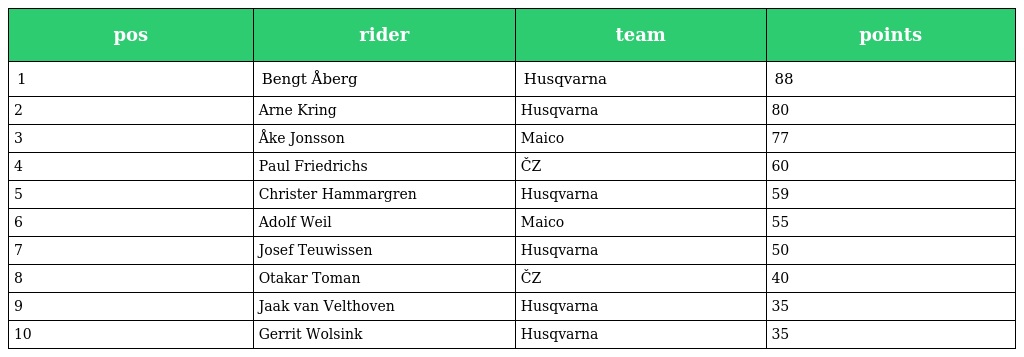
| pos | rider | team | points |
 | --- | --- | --- | --- |
 | 1 | Bengt Åberg | Husqvarna | 88 |
 | 2 | Arne Kring | Husqvarna | 80 |
 | 3 | Åke Jonsson | Maico | 77 |
 | 4 | Paul Friedrichs | ČZ | 60 |
 | 5 | Christer Hammargren | Husqvarna | 59 |
 | 6 | Adolf Weil | Maico | 55 |
 | 7 | Josef Teuwissen | Husqvarna | 50 |
 | 8 | Otakar Toman | ČZ | 40 |
 | 9 | Jaak van Velthoven | Husqvarna | 35 |
 | 10 | Gerrit Wolsink | Husqvarna | 35 |